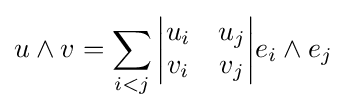
u\wedge v=\sum _{i<j}{{\begin{vmatrix}u_{i}&u_{j}\\v_{i}&v_{j}\end{vmatrix}}e_{i}\wedge e_{j}}